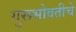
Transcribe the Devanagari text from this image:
गुरूभोवतीचे